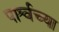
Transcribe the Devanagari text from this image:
पार्श्वच्या